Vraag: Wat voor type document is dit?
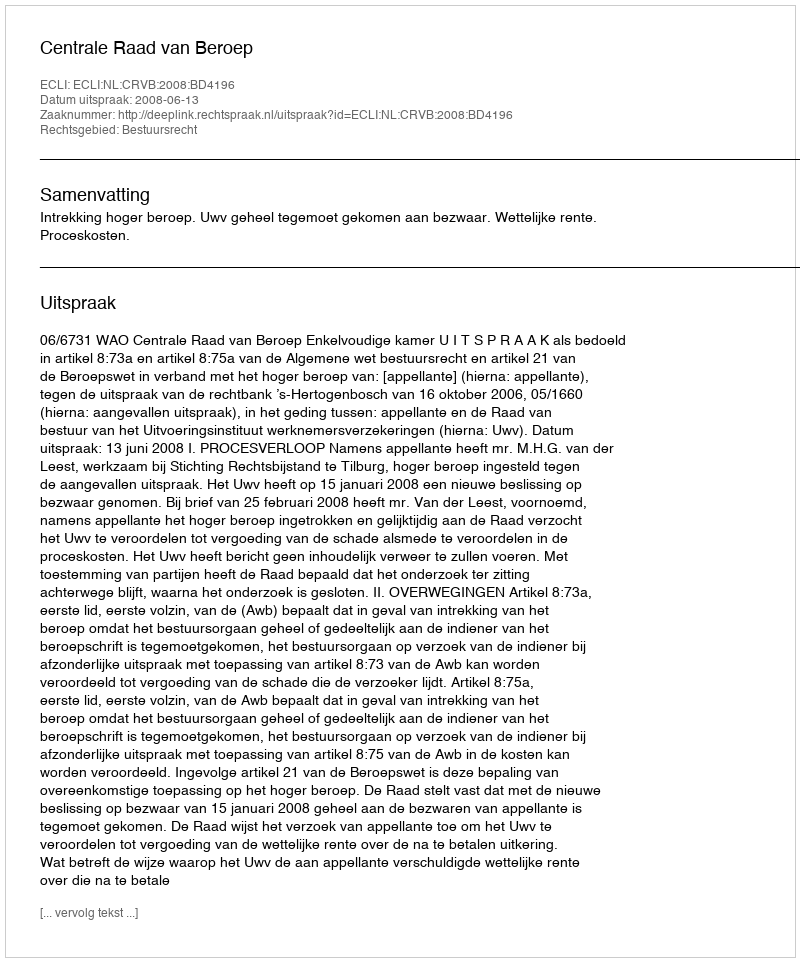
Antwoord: Uitspraak